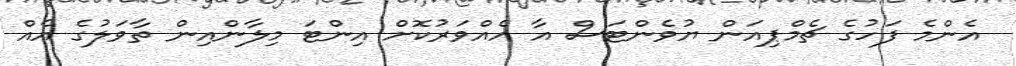
އެންމެ ފަހުގެ ޗެމްޕިއަން ޔުވެންޓަސް އާ އެއްވަރުކޮށް އިންޓަ މިލާންއިން ތާވަލުގެ އެއް